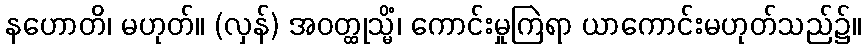
နဟောတိ၊ မဟုတ်။ (လှန်) အဝတ္ထုသ္မိံ၊ ကောင်းမှုကြဲရာ ယာကောင်းမဟုတ်သည်၌။